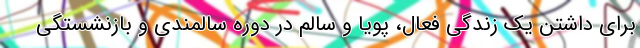
برای داشتن یک زندگی فعال، پویا و سالم در دوره سالمندی و بازنشستگی